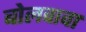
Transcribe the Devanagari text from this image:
बोलवावा